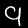
Label: 9